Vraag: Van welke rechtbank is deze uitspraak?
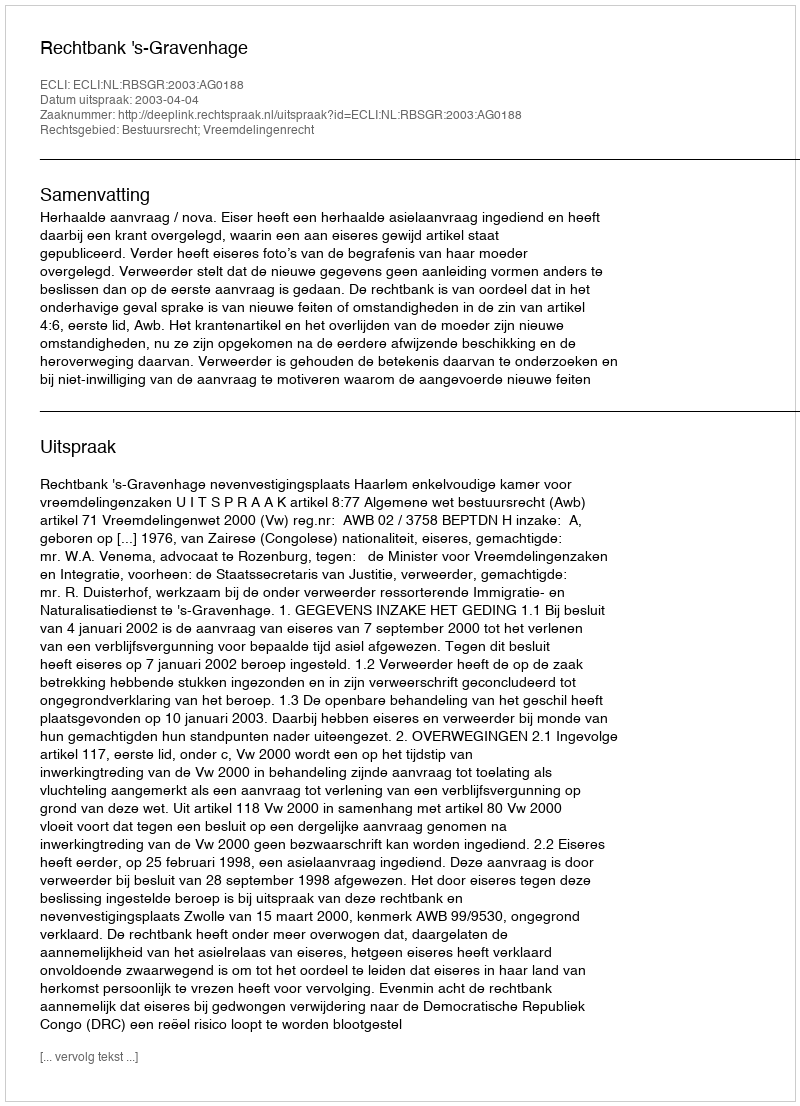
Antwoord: Rechtbank 's-Gravenhage